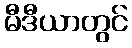
မီဒီယာတွင်